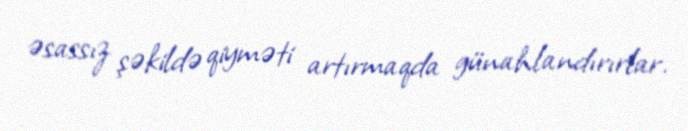
əsassız şəkildə qiyməti artırmaqda günahlandırırlar.